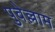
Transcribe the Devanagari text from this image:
पुवेल्लाम